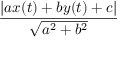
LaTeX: \frac { | a x ( t ) + b y ( t ) + c | } { \sqrt { a ^ { 2 } + b ^ { 2 } } }